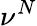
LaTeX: \nu^{N}